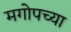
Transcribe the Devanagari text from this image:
मगोपच्या